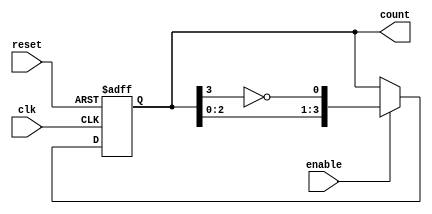
module johnson_counter (
    input wire clk,         // Clock input
    input wire reset,       // Asynchronous reset
    input wire enable,      // Enable signal
    output reg [3:0] count  // Output count (4 bits for a 4-bit Johnson counter)
);

// The feedback mechanism for a Johnson counter
always @(posedge clk or posedge reset) begin
    if (reset) begin
        // Reset the counter to a known state (0)
        count <= 4'b0000;
    end else if (enable) begin
        // Implement the Johnson counting sequence
        count <= {count[2:0], ~count[3]};
    end
    // If enable is low, hold the current state (no action needed)
end

endmodule